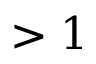
> 1